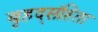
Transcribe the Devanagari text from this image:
बृहद्संहिता